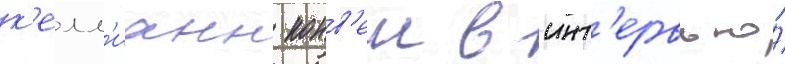
к'елл'ианн конв'еи в инт'ервью́